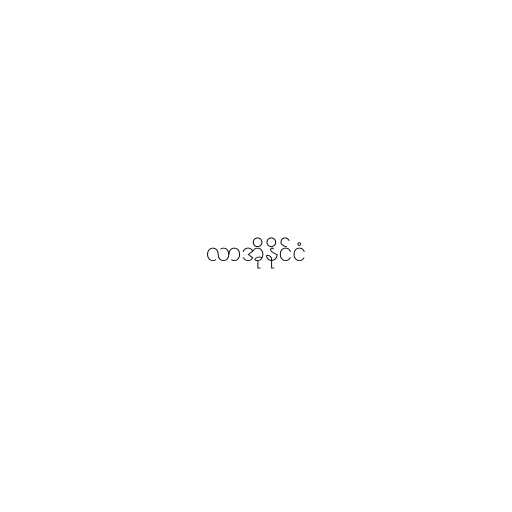
လာအိုနိုင်ငံ